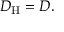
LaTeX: D _ { \mathrm { H } } = D .